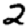
Digit: 2